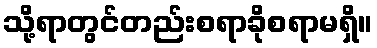
သို့ရာတွင်တည်းစရာခိုစရာမရှိ။